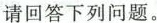
请回答下列问题。